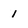
Character: 1